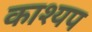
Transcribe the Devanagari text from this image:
काश्‍यप